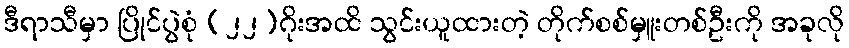
ဒီရာသီမှာ ပြိုင်ပွဲစုံ (၂၂)ဂိုးအထိ သွင်းယူထားတဲ့ တိုက်စစ်မှူးတစ်ဦးကို အခုလို